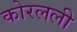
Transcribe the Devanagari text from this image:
कोरलली